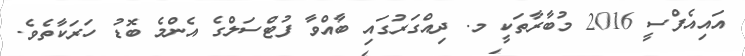
އައިއެފްސީ 2016 މުބާރާތަކީ މ. ދިއްގަރުގައި ބާއްވާ ފުޓްސަލްގެ އެންމެ ބޮޑު ހަރަކާތެވެ.